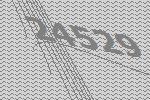
24529